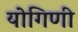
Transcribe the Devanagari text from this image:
योगिणी